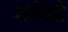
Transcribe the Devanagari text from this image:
शक्तिहै